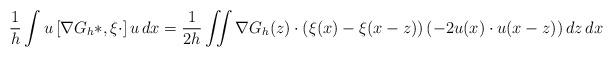
LaTeX: \begin{align*} \frac1h \int u \left[ \nabla G_h \ast, \xi\cdot \right] u \, dx = \frac1{2h} \iint \nabla G_h (z) \cdot \left(\xi(x) - \xi(x-z)\right) \left( -2 u(x) \cdot u(x-z)\right) dz \, dx \end{align*}